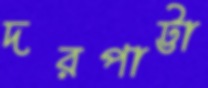
দরপাট্টা